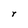
Character: Y